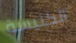
الكنيسة